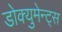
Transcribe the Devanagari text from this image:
डोक्युमेन्ट्स